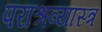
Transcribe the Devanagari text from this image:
पराश्रव्यास्त्र